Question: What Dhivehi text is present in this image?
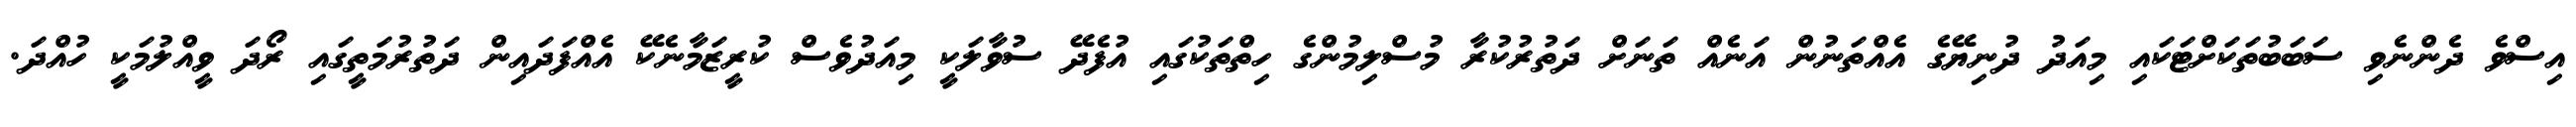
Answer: އިސްވެ ދެންނެވި ސަބަބުތަކަށްޓަކައި މިއަދު ދުނިޔޭގެ އެއްތަނުން އަނެއް ތަނަށް ދަތުރުކުރާ މުސްލިމުންގެ ހިތްތަކުގައި އުފެދޭ ސުވާލަކީ މިއަދުވެސް ކުރީޒަމާނެކޭ އެއްފަދައިން ދަތުރުމަތީގައި ރޯދަ ވީއްލުމަކީ ހުއްދަ.